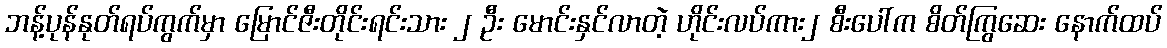
ဘန့်ပုန်နုတ်ရပ်ကွက်မှာ မြောင်ဇီးတိုင်းရင်းသား ၂ ဦး မောင်းနှင်လာတဲ့ ဟိုင်းလပ်ကား၂ စီးပေါ်က စိတ်ကြွဆေး နောက်ထပ်